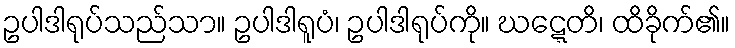
ဥပါဒါရုပ်သည်သာ။ ဥပါဒါရူပံ၊ ဥပါဒါရုပ်ကို။ ဃဋ္ဋေတိ၊ ထိခိုက်၏။